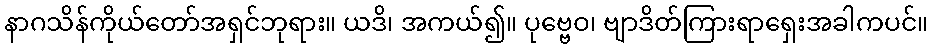
နာဂသိန်ကိုယ်တော်အရှင်ဘုရား။ ယဒိ၊ အကယ်၍။ ပုဗ္ဗေဝ၊ ဗျာဒိတ်ကြားရာရှေးအခါကပင်။